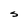
Character: S